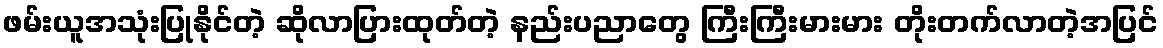
ဖမ်းယူအသုံးပြုနိုင်တဲ့ ဆိုလာပြားထုတ်တဲ့ နည်းပညာတွေ ကြီးကြီးမားမား တိုးတက်လာတဲ့အပြင်